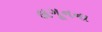
લગૂનના